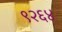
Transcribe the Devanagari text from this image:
९२६४